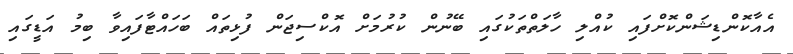
އެއާކޮންޑިޝަންކޮށްފައި ކުއްލި ހާލަތްތަކުގައި ބޭނުން ކުރުމަށް އޮކްސިޖަން ފުޅިތައް ބަަހައްޓާފައިވާ ބިމު އަޑީގައި